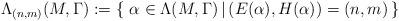
LaTeX: \begin{align*} \Lambda_{(n,m)}(M,\Gamma):=\{\,\,\alpha \in \Lambda(M,\Gamma)\,|\,(E(\alpha),H(\alpha))=(n,m)\,\}\end{align*}